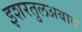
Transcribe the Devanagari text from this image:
इशरतुलअबाद